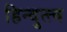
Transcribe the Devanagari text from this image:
हिन्दुत्त्व